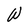
Character: W